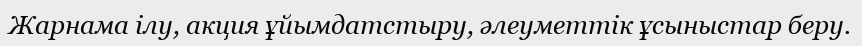
Жарнама ілу, акция ұйымдатстыру, әлеуметтік ұсыныстар беру.